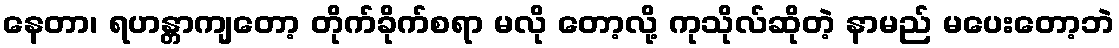
နေတာ၊ ရဟန္တာကျတော့ တိုက်ခိုက်စရာ မလို တော့လို့ ကုသိုလ်ဆိုတဲ့ နာမည် မပေးတော့ဘဲ